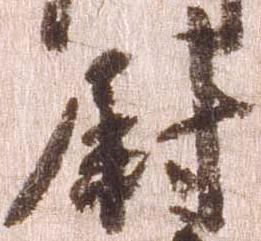
尉